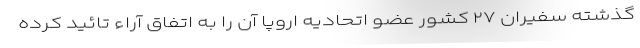
گذشته سفیران ۲۷ کشور عضو اتحادیه اروپا آن را به اتفاق آراء تائید کرده